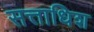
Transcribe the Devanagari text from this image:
सत्ताधिश